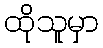
ထိုသူမှာ